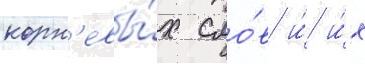
корн'евы́х сло́в и́ и́х